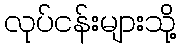
လုပ်ငန်းများသို့